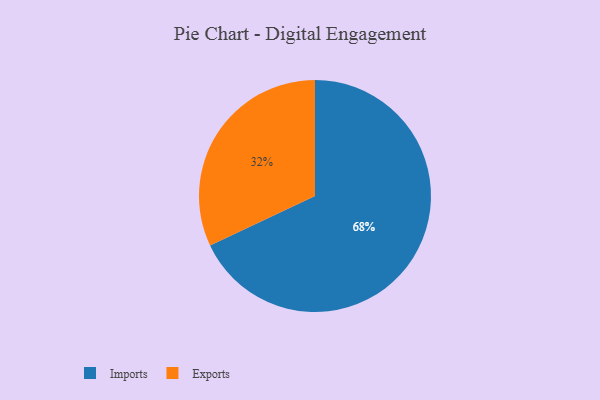
{"axis": {"x": "Category", "y": "Percentage"}, "legend": ["Exports", "Imports"], "data": [{"x": "Exports", "y": 32, "type": "Exports"}, {"x": "Imports", "y": 68, "type": "Imports"}]}